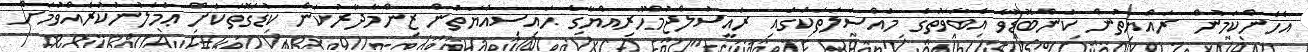
އެހެންކަމުން ރައްޔިތުން ކަންބޮޑުވާ އެބާވަތުގެ މައްސަލަތަކުގައި ރައީސުލްޖުމްހޫރިއްޔާގެ ޙައިސިއްޔަތުން ޒިންމާދާރުކަން ކުޑަގޮތަކަށް ޢަމަލުނުކުރެއްވުމަށް